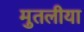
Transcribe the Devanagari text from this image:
मुतलीया